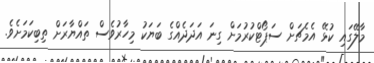
މާލޭގައި ކުޅޭ އެމެޗަށް ސަޕޯޓްކުރުމަށް ގިނަ އަދަދެއްގެ ބަޔަކު މިހާރުވެސް ތައްޔާރަށް ތިބިކަމަށެވެ.